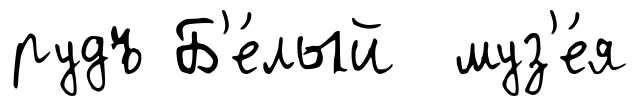
рудъ Б'е́лый муз'е́я